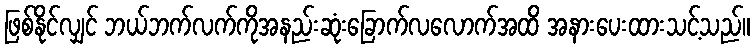
ဖြစ်နိုင်လျှင် ဘယ်ဘက်လက်ကိုအနည်းဆုံးခြောက်လလောက်အထိ အနားပေးထားသင့်သည်။